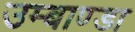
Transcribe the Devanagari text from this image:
उम्बाण्डा